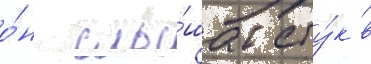
о́н слы́шал сту́к в